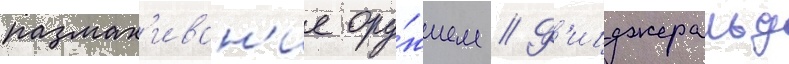
размах'иван'ие ору́жием // Ф'ицджеральд